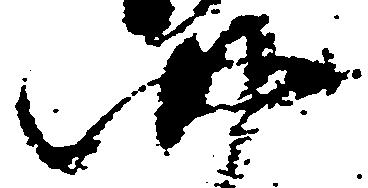
四